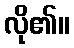
လို၏။